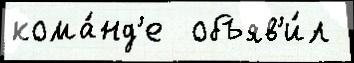
кома́нд'е  объяв'и́л